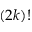
( 2 k ) !